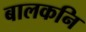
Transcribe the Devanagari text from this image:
बालकनि